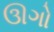
ઊગો